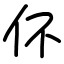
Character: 伓